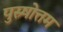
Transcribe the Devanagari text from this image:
पुस्र्षोत्तम